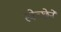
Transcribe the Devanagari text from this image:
स्वेच्छेनें